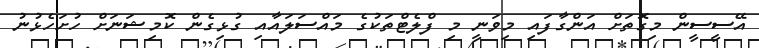
އޭސީސީން މިގޮތަށް އަންގާފައި މިވަނީ މި ފްލެޓްތަކުގެ މައްސަލައާއި ގުޅިގެން ކޮމިޝަނަށް ހުށަހެޅުނު